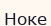
Ноке